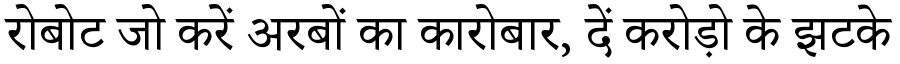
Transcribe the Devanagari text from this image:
रोबोट जो करें अरबों का कारोबार, दें करोड़ो के झटके